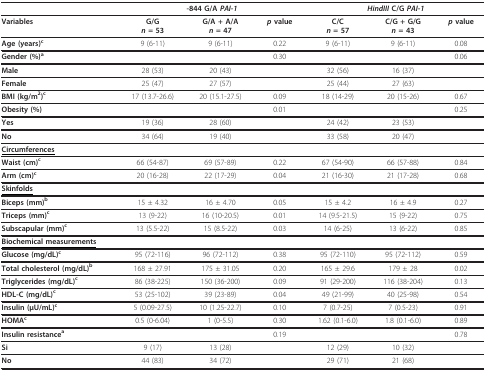
<table><thead><tr><td></td><td colspan="3"><b>-844 G/A <i>PAI-1</i></b></td><td colspan="3"><b><i>HindIII </i>C/G <i>PAI-1</i></b></td></tr></thead><tbody><tr><td><b>Variables</b></td><td><b>G/G</b><b><i>n </i>= 53</b></td><td><b>G/A + A/A</b><b><i>n </i>= 47</b></td><td><b><i>p </i>value</b></td><td><b>C/C</b><b><i>n </i>= 57</b></td><td><b>C/G + G/G</b><b><i>n </i>= 43</b></td><td><b><i>p </i>value</b></td></tr><tr><td><b>Age (years)<sup>c</sup></b></td><td>9 (6-11)</td><td>9 (6-11)</td><td>0.22</td><td>9 (6-11)</td><td>9 (6-11)</td><td>0.08</td></tr><tr><td><b>Gender (%)<sup>a</sup></b></td><td></td><td></td><td>0.30</td><td></td><td></td><td>0.06</td></tr><tr><td><b>Male</b></td><td>28 (53)</td><td>20 (43)</td><td></td><td>32 (56)</td><td>16 (37)</td><td></td></tr><tr><td><b>Female</b></td><td>25 (47)</td><td>27 (57)</td><td></td><td>25 (44)</td><td>27 (63)</td><td></td></tr><tr><td><b>BMI (kg/m<sup>2</sup>)<sup>c</sup></b></td><td>17 (13.7-26.6)</td><td>20 (15.1-27.5)</td><td>0.09</td><td>18 (14-29)</td><td>20 (15-26)</td><td>0.67</td></tr><tr><td><b>Obesity (%)</b></td><td></td><td></td><td>0.01</td><td></td><td></td><td>0.25</td></tr><tr><td><b>Yes</b></td><td>19 (36)</td><td>28 (60)</td><td></td><td>24 (42)</td><td>23 (53)</td><td></td></tr><tr><td><b>No</b></td><td>34 (64)</td><td>19 (40)</td><td></td><td>33 (58)</td><td>20 (47)</td><td></td></tr><tr><td><underline><b>Circumferences</b></underline></td><td></td><td></td><td></td><td></td><td></td><td></td></tr><tr><td><b>Waist (cm)<sup>c</sup></b></td><td>66 (54-87)</td><td>69 (57-89)</td><td>0.22</td><td>67 (54-90)</td><td>66 (57-88)</td><td>0.84</td></tr><tr><td><b>Arm (cm)<sup>c</sup></b></td><td>20 (16-28)</td><td>22 (17-29)</td><td>0.04</td><td>21 (16-30)</td><td>21 (17-28)</td><td>0.68</td></tr><tr><td><underline><b>Skinfolds</b></underline></td><td></td><td></td><td></td><td></td><td></td><td></td></tr><tr><td><b>Biceps (mm)<sup>b</sup></b></td><td>15 ± 4.32</td><td>16 ± 4.70</td><td>0.05</td><td>15 ± 4.2</td><td>16 ± 4.9</td><td>0.27</td></tr><tr><td><b>Triceps (mm)<sup>c</sup></b></td><td>13 (9-22)</td><td>16 (10-20.5)</td><td>0.01</td><td>14 (9.5-21.5)</td><td>15 (9-22)</td><td>0.75</td></tr><tr><td><b>Subscapular (mm)<sup>c</sup></b></td><td>13 (5.5-22)</td><td>15 (8.5-22)</td><td>0.03</td><td>14 (6-25)</td><td>13 (6-22)</td><td>0.85</td></tr><tr><td><underline><b>Biochemical measurements</b></underline></td><td></td><td></td><td></td><td></td><td></td><td></td></tr><tr><td><b>Glucose (mg/dL)<sup>c</sup></b></td><td>95 (72-116)</td><td>96 (72-112)</td><td>0.38</td><td>95 (72-110)</td><td>95 (72-112)</td><td>0.59</td></tr><tr><td><b>Total cholesterol (mg/dL)<sup>b</sup></b></td><td>168 ± 27.91</td><td>175 ± 31.05</td><td>0.20</td><td>165 ± 29.6</td><td>179 ± 28</td><td>0.02</td></tr><tr><td><b>Triglycerides (mg/dL)<sup>c</sup></b></td><td>86 (38-225)</td><td>150 (36-200)</td><td>0.09</td><td>91 (29-200)</td><td>116 (38-204)</td><td>0.13</td></tr><tr><td><b>HDL-C (mg/dL)<sup>c</sup></b></td><td>53 (25-102)</td><td>39 (23-89)</td><td>0.04</td><td>49 (21-99)</td><td>40 (25-98)</td><td>0.54</td></tr><tr><td><b>Insulin (μU/mL)<sup>c</sup></b></td><td>5 (0.09-27.5)</td><td>10 (1.25-22.7)</td><td>0.10</td><td>7 (0.7-25)</td><td>7 (0.5-23)</td><td>0.91</td></tr><tr><td><b>HOMA<sup>c</sup></b></td><td>0.5 (0-6.04)</td><td>1 (0-5.5)</td><td>0.30</td><td>1.62 (0.1-6.0)</td><td>1.8 (0.1-6.0)</td><td>0.89</td></tr><tr><td><b>Insulin resistance<sup>a</sup></b></td><td></td><td></td><td>0.19</td><td></td><td></td><td>0.78</td></tr><tr><td><b>Si</b></td><td>9 (17)</td><td>13 (28)</td><td></td><td>12 (29)</td><td>10 (32)</td><td></td></tr><tr><td><b>No</b></td><td>44 (83)</td><td>34 (72)</td><td></td><td>29 (71)</td><td>21 (68)</td><td></td></tr></tbody></table>